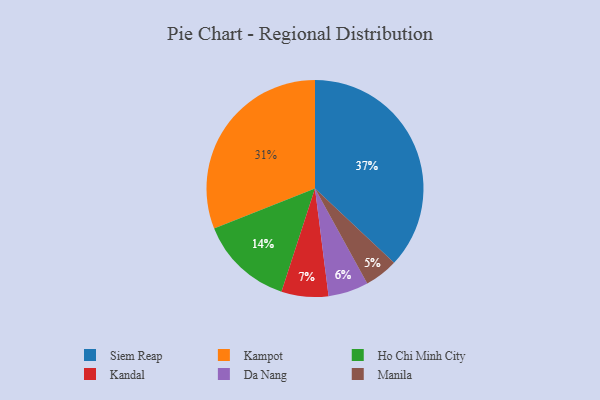
{"axis": {"x": "Category", "y": "Percentage"}, "legend": ["Da Nang", "Ho Chi Minh City", "Kampot", "Kandal", "Manila", "Siem Reap"], "data": [{"x": "Kandal", "y": 7, "type": "Kandal"}, {"x": "Ho Chi Minh City", "y": 14, "type": "Ho Chi Minh City"}, {"x": "Siem Reap", "y": 37, "type": "Siem Reap"}, {"x": "Manila", "y": 5, "type": "Manila"}, {"x": "Da Nang", "y": 6, "type": "Da Nang"}, {"x": "Kampot", "y": 31, "type": "Kampot"}]}